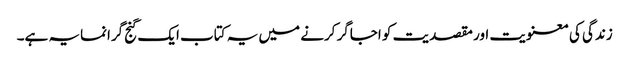
زندگی کی معنویت اور مقصدیت کو اجاگر کرنے میں یہ کتاب ایک گنج گرانمایہ ہے۔